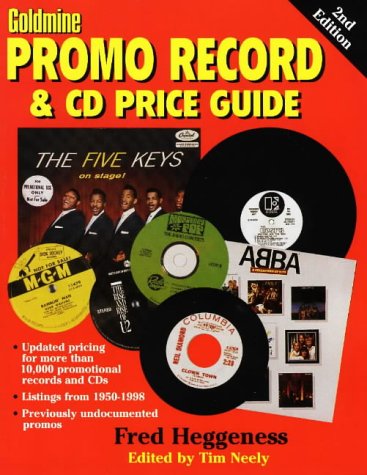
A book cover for Goldmine's Promo Record & CD Price Guide; Fred Heggeness; Crafts, Hobbies & Home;